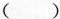
()